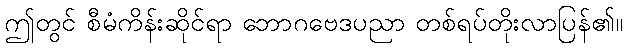
ဤတွင် စီမံကိန်းဆိုင်ရာ ဘောဂဗေဒပညာ တစ်ရပ်တိုးလာပြန်၏။